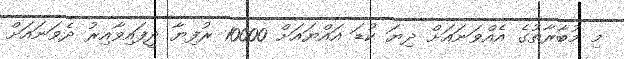
މި މުބާރާތުގެ އެއްވަނައަށް ދިޔަ ކުޑަ އައްޔައަށް 10000 ރުފިޔާ ދީފައިވާއިރު ދެވަނައަށް